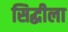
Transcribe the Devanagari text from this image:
सिद्धीला